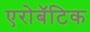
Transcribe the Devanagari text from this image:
एरोबॅटिक